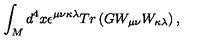
\int _ { M } d ^ { 4 } x \epsilon ^ { \mu \nu \kappa \lambda } T r \left( G W _ { \mu \nu } W _ { \kappa \lambda } \right) ,